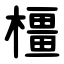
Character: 橿